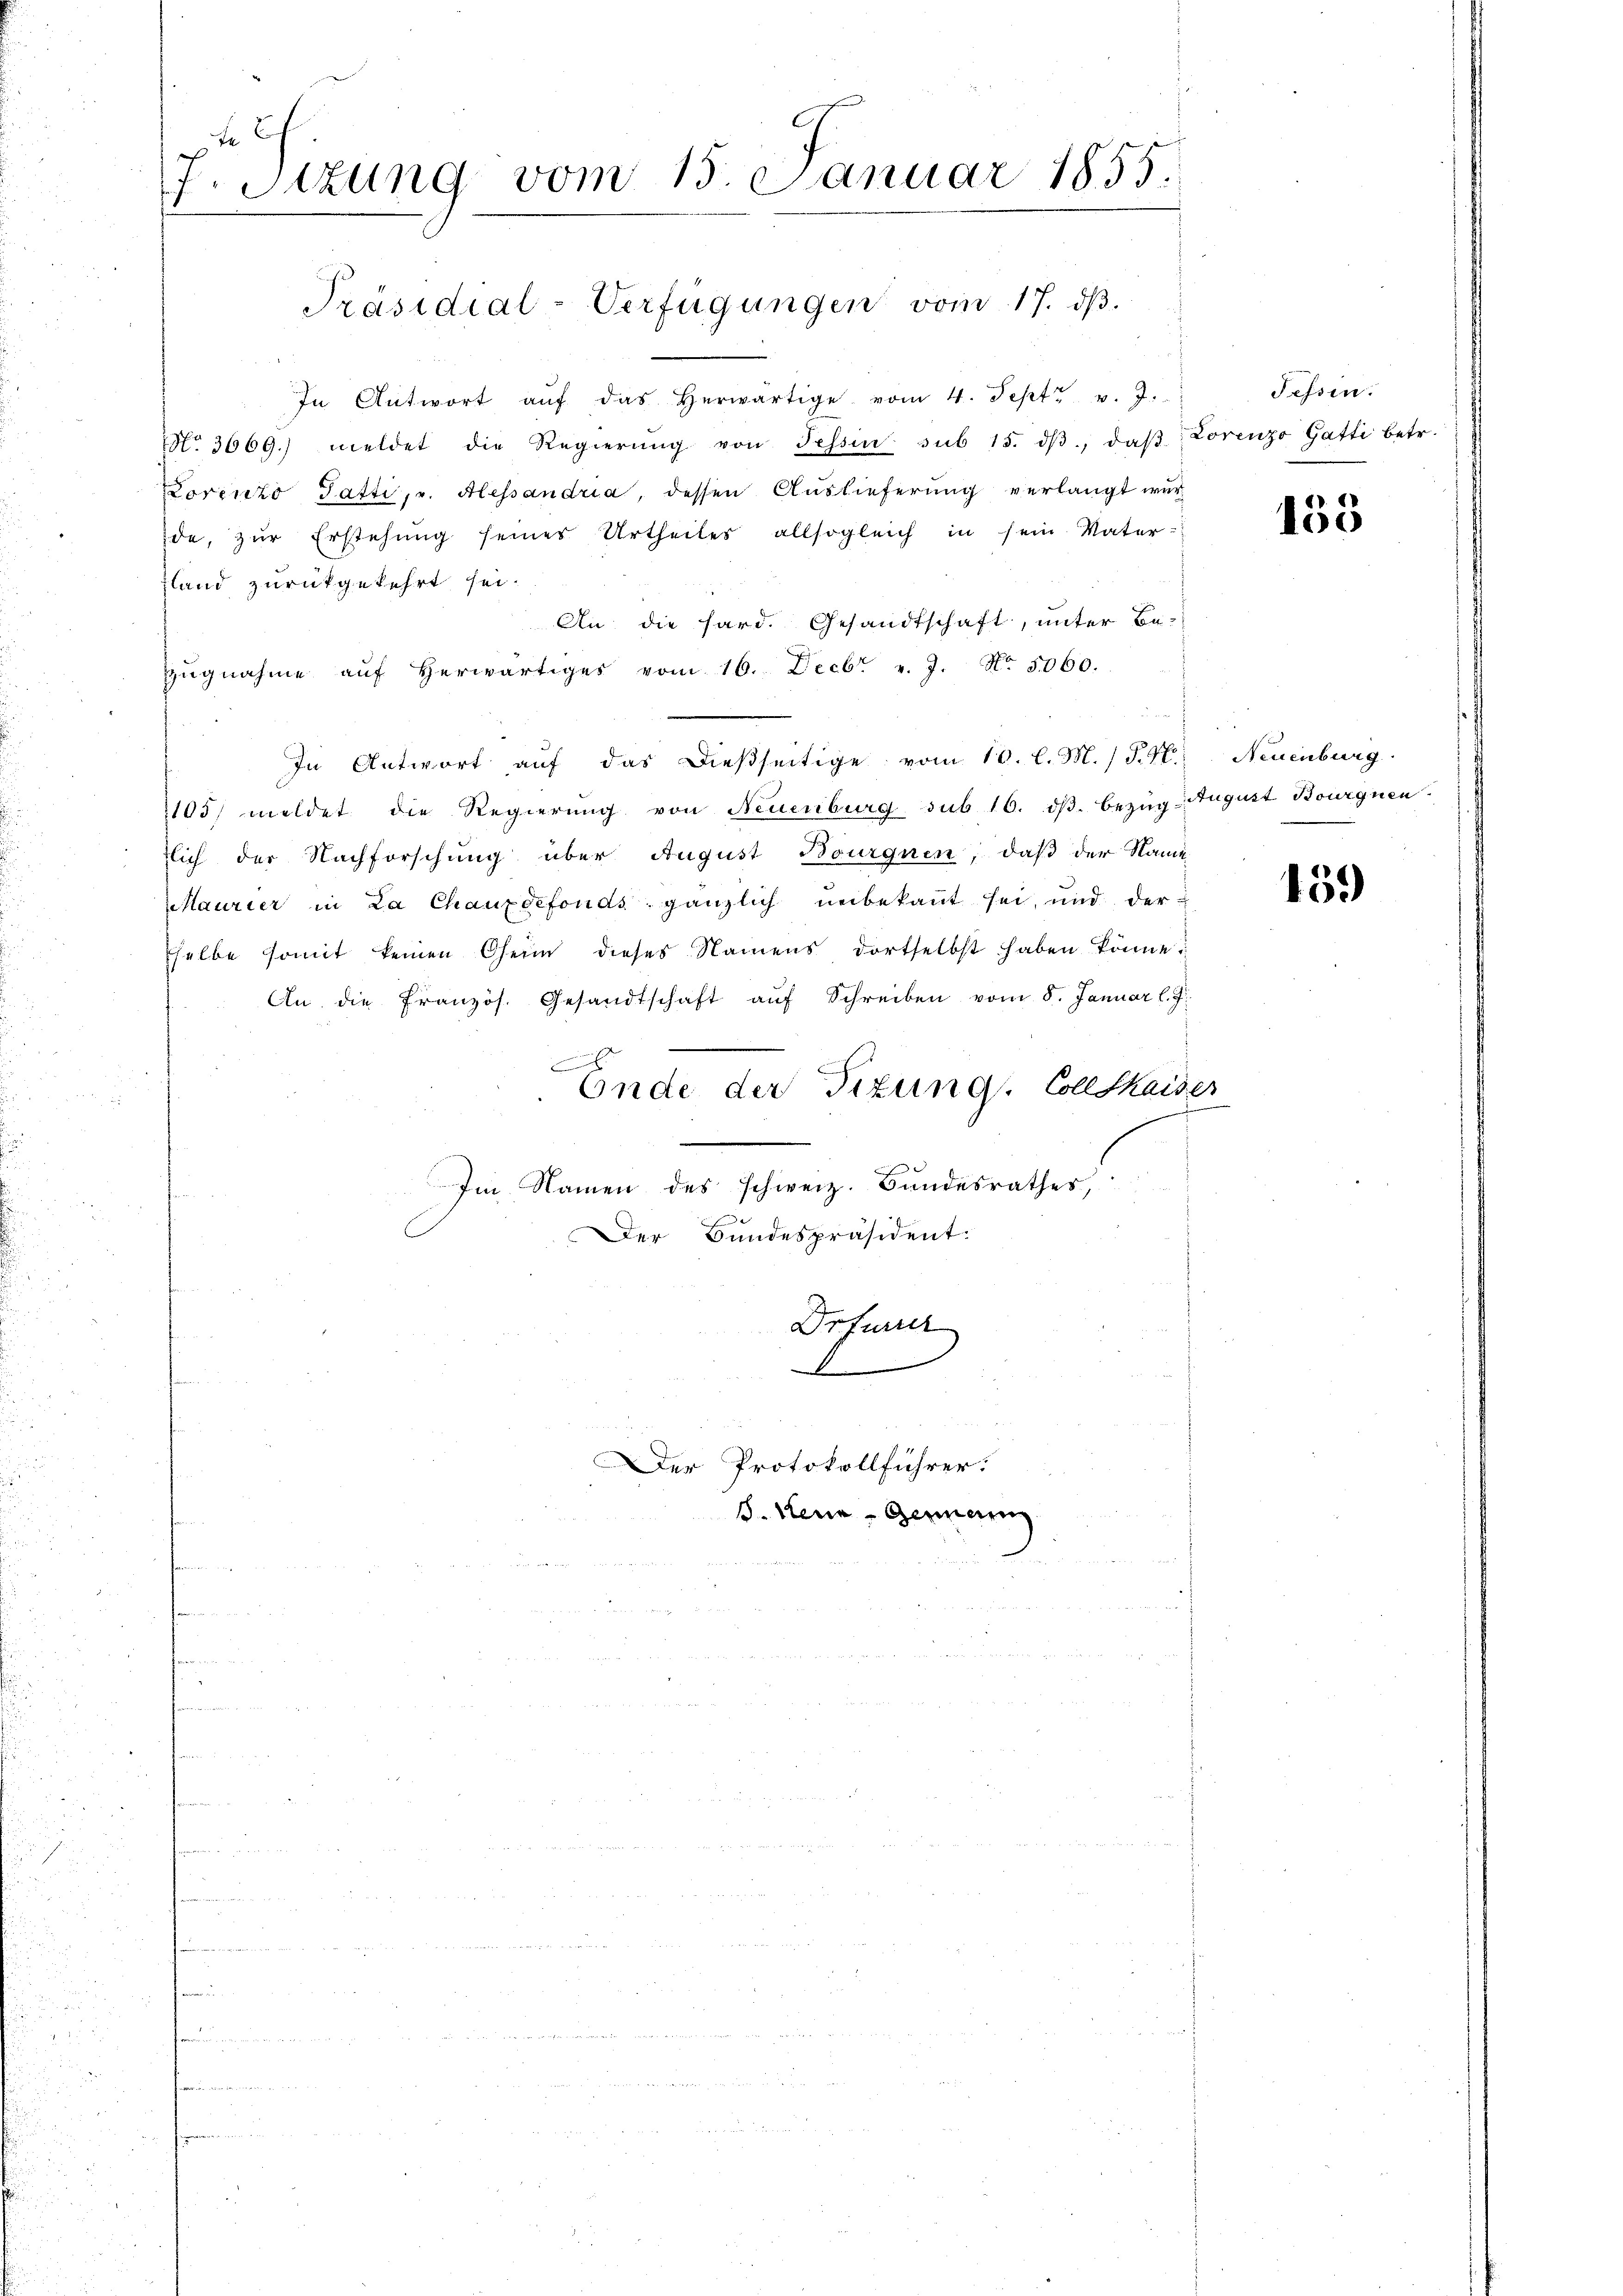
.
 2

zu
Stzung vom 15. Januar 1855.
i

Präsidial-Verfügungen vom 17. dβ.

In Antwort aŭf das herwärtige vom 4. Sept. v. J.
No. 3669.) meldet die Regierŭng von Tessin sub 15. dβ, daβ Lorenzo Gatti betr.
Lorenzo Tatti, u. Alessandria, dessen Auslieferung verlangt wur
de, zŭr Erstehung seiner Urtheiles allsogleich in sein Vater-
land zurückgekehrt sei.
An die hard. Gesandtschaft, unter Be-
zŭgnahme aŭf herwärtiges vom 16. Decbr v. J. No. 5000.
u
In Antwort aŭf das dießseitige vom 10. l. M. / P. N. Neuenburg
1105) meldet die Regierung von Neuenburg sub 16. dβ. Bezug August Bourgnen.
tlich der Nachforschung über August Bourgnen, daß der Name
Maurier in La Chauxdefonds gänzlich unbekannt sei, und der
helbe somit keinen Oheim dieses Namens dortselbst haben könne.
An die Französ. Gesandtschaft aŭf Schreiben vom 8. Januar l. J.
.
Ende der Tizung. Collekaiser
Im Namen des schweiz. Bundesrathes,
Der Bundespräsident.
Drfurrer

Der Protokollführer:

J. Wenn Genann

Fessen:

155

159